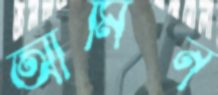
আমিন